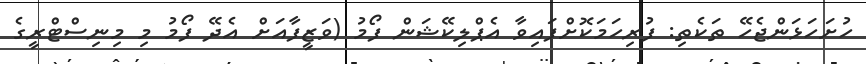
ހުށަހަޅަންޖެހޭ ތަކެތި: ފުރިހަމަކޮށްފައިވާ އެޕްލިކޭޝަން ފޯމު (ވަޒީފާއަށް އެދޭ ފޯމު މި މިނިސްޓްރީގެ